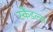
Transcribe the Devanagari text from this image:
स्‍कैंडल्‍स